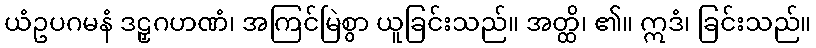
ယံဥပဂမနံ ဒဠှဂဟဏံ၊ အကြင်မြဲစွာ ယူခြင်းသည်။ အတ္ထိ၊ ၏။ ဣဒံ၊ ခြင်းသည်။